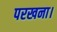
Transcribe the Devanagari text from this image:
परखना।